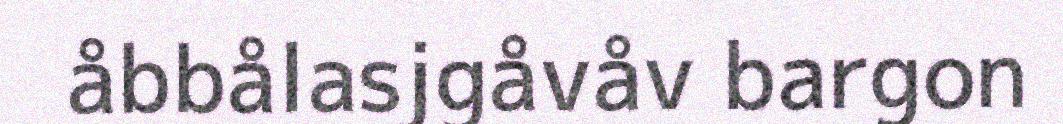
åbbålasjgåvåv bargon